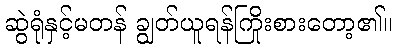
ဆွဲရုံနှင့်မတန် ချွတ်ယူရန်ကြိုးစားတော့၏။